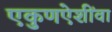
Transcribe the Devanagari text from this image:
एकुणऐशींवा